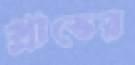
প্রাতের